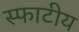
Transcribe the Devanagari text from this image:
स्फाटीय